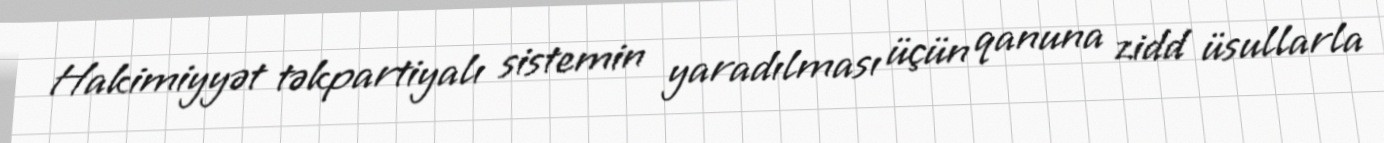
Hakimiyyət təkpartiyalı sistemin yaradılması üçün qanuna zidd üsullarla